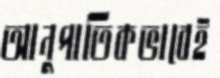
আনুপাতিকভাবেই